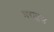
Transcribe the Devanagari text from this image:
मराइस